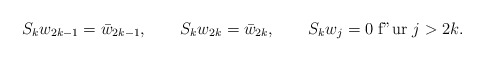
\begin{align*}S_k w_{2k-1}=\bar{w}_{2k-1},\qquad S_k w_{2k}=\bar{w}_{2k},\qquad S_kw_j=0 \mbox{ f"ur } j >2k.\end{align*}